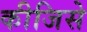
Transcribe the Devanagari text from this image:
कीजिसे